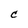
Character: C